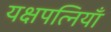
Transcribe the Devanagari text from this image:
यक्षपत्नियाँ